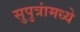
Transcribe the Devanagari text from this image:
सुपुत्रांमध्ये